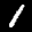
Label: 1